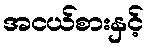
အငယ်စားနှင့်